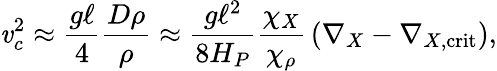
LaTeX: \mathit{v}_{c}^{2}\approx{\frac{{g\ell}}{{4}}}{\frac{{D\rho}}{{\rho}}}\approx{\frac{{g\ell^{2}}}{{8H_{P}}}}{\frac{{\chi_{X}}}{{\chi_{\rho}}}}\left(\nabla_{X}-\nabla_{X,\mathrm{{crit}}}\right),